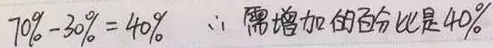
\(70\% - 30\% = 40\%\)，\(\therefore\) 需增加的百分比是 \(40\%\)。